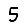
Digit: 5